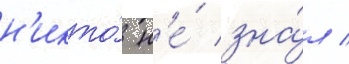
н'икто́ н'е́ зна́л /